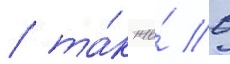
/ та́к же́ в